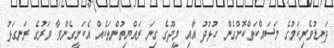
ދަނޑުވެރިކަމުގެ މަސައްކަތްކޮށްގެން ހުޅުދު އާއި މީދޫގެ ގިނަ ރައްޔިތުންތަކެއް އެކަށީގެންވާ ވަރުގެ ރަނގަޅު